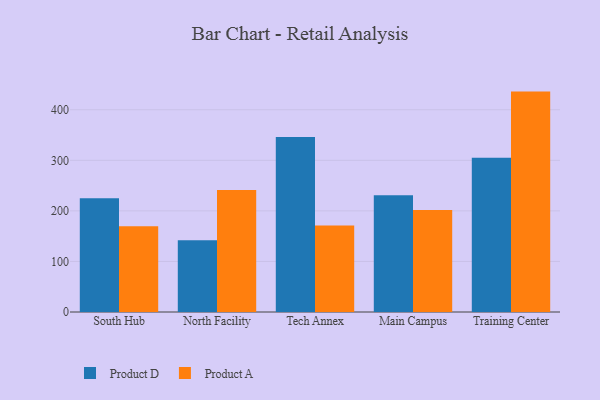
{"axis": {"x": "Campus", "y": "Page Views"}, "legend": ["Product A", "Product D"], "data": [{"x": "South Hub", "y": 225.1, "type": "Product D"}, {"x": "South Hub", "y": 169.6, "type": "Product A"}, {"x": "North Facility", "y": 142.1, "type": "Product D"}, {"x": "North Facility", "y": 241.5, "type": "Product A"}, {"x": "Tech Annex", "y": 346.3, "type": "Product D"}, {"x": "Tech Annex", "y": 171.3, "type": "Product A"}, {"x": "Main Campus", "y": 230.8, "type": "Product D"}, {"x": "Main Campus", "y": 201.5, "type": "Product A"}, {"x": "Training Center", "y": 305.2, "type": "Product D"}, {"x": "Training Center", "y": 435.9, "type": "Product A"}]}